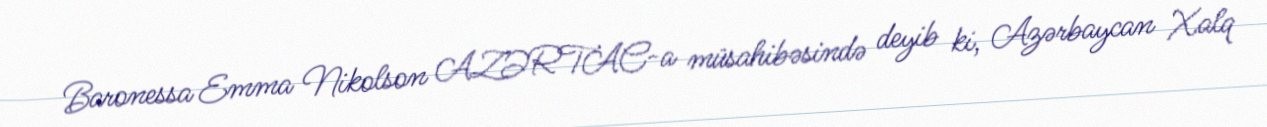
Baronessa Emma Nikolson AZƏRTAC-a müsahibəsində deyib ki, Azərbaycan Xalq